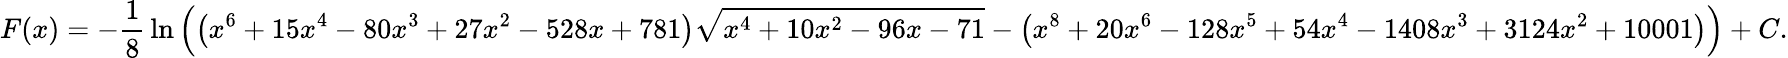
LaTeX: F(x)=-{\frac{1}{8}}\ln\left(\left(x^{6}+15x^{4}-80x^{3}+27x^{2}-528x+781\right){\sqrt{x^{4}+10x^{2}-96x-71}}-\left(x^{8}+20x^{6}-128x^{5}+54x^{4}-1408x^{3}+3124x^{2}+10001\right)\right)+C.